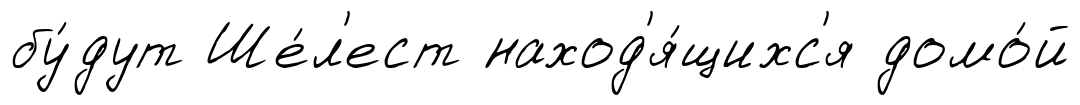
бу́дут Ше́л'ест наход'я́щихс'я домо́й